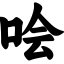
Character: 哙